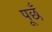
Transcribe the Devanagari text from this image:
पूछँ